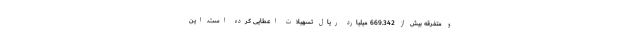
و متفرقه بیش از 669.342 میلیارد ریال تسهیلات اعطایی کرده است. این